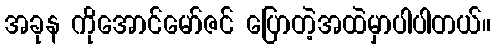
အခုန ကိုအောင်မော်ဇင် ပြောတဲ့အထဲမှာပါပါတယ်။